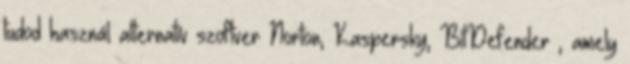
tudod használ alternatív szoftver Norton, Kaspersky, BitDefender , amely